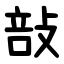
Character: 㪗